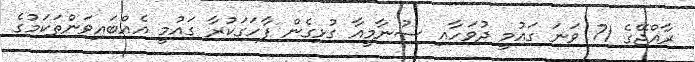
ރާއްޖޭގެ 71 ވަނަ ގައުމީ ދުވަހާއި ސުނާމީއާ ގުޅިގެން ފާހަގަކުރާ ގައުމީ އެއްބައިވަންތަކަމުގެ